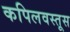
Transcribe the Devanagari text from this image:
कपिलवस्तूस